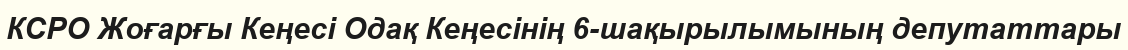
КСРО Жоғарғы Кеңесі Одақ Кеңесінің 6-шақырылымының депутаттары